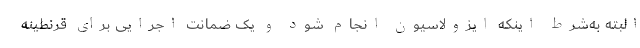
البته به‌شرط اینکه ایزولاسیون انجام شود و یک ضمانت اجرایی برای قرنطینه